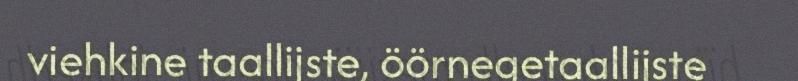
viehkine taallijste, öörnegetaallijste